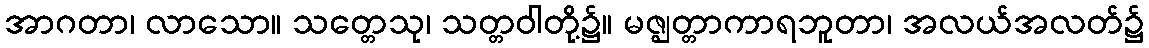
အာဂတာ၊ လာသော။ သတ္တေသု၊ သတ္တဝါတို့၌။ မဇ္ဈတ္တာကာရဘူတာ၊ အလယ်အလတ်၌